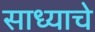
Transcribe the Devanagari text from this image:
साध्याचे